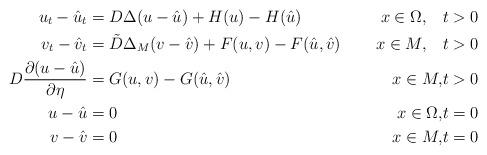
LaTeX: \begin{align*}{u}_t-{\hat u}_t&= D\Delta (u-\hat u)+H( u)-H( \hat u)& x\in \Omega,\quad& t>0\\ {v}_t-{\hat v}_t&=\tilde D\Delta_{M}( v-\hat v)+F( u,v)-F( \hat u, \hat v)& x\in M,\quad& t>0\\ D\frac{\partial (u-\hat u)}{\partial \eta}&=G( u, v)-G( \hat u,\hat v)& x\in M,& t>0\\ u-\hat u&=0& x\in\Omega ,&t=0\\ v-\hat v&=0& x\in M,&t=0\end{align*}